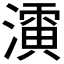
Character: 𱨨